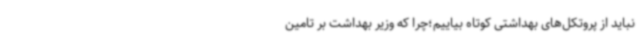
نباید از پروتکل‌های بهداشتی کوتاه بیاییم؛چرا که وزیر بهداشت بر تامین